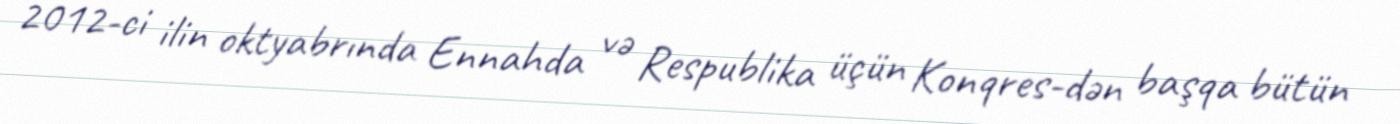
2012-ci ilin oktyabrında Ennahda və Respublika üçün Konqres-dən başqa bütün